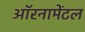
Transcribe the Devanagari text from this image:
ऑरनामेंटल